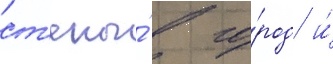
ст'ены́ в го́род и́